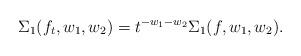
LaTeX: \begin{align*}\Sigma_1(f_t, w_1, w_2) &= t^{-w_1-w_2}\Sigma_1(f, w_1, w_2).\end{align*}